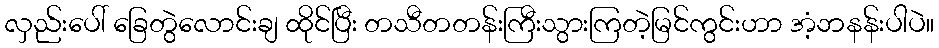
လှည်းပေါ် ခြေတွဲလောင်းချ ထိုင်ပြီး တသီတတန်းကြီးသွားကြတဲ့မြင်ကွင်းဟာ အံ့ဘနန်းပါပဲ။